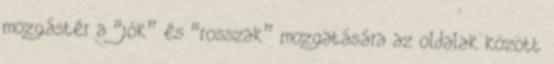
mozgástér a “jók” és “rosszak” mozgatására az oldalak között